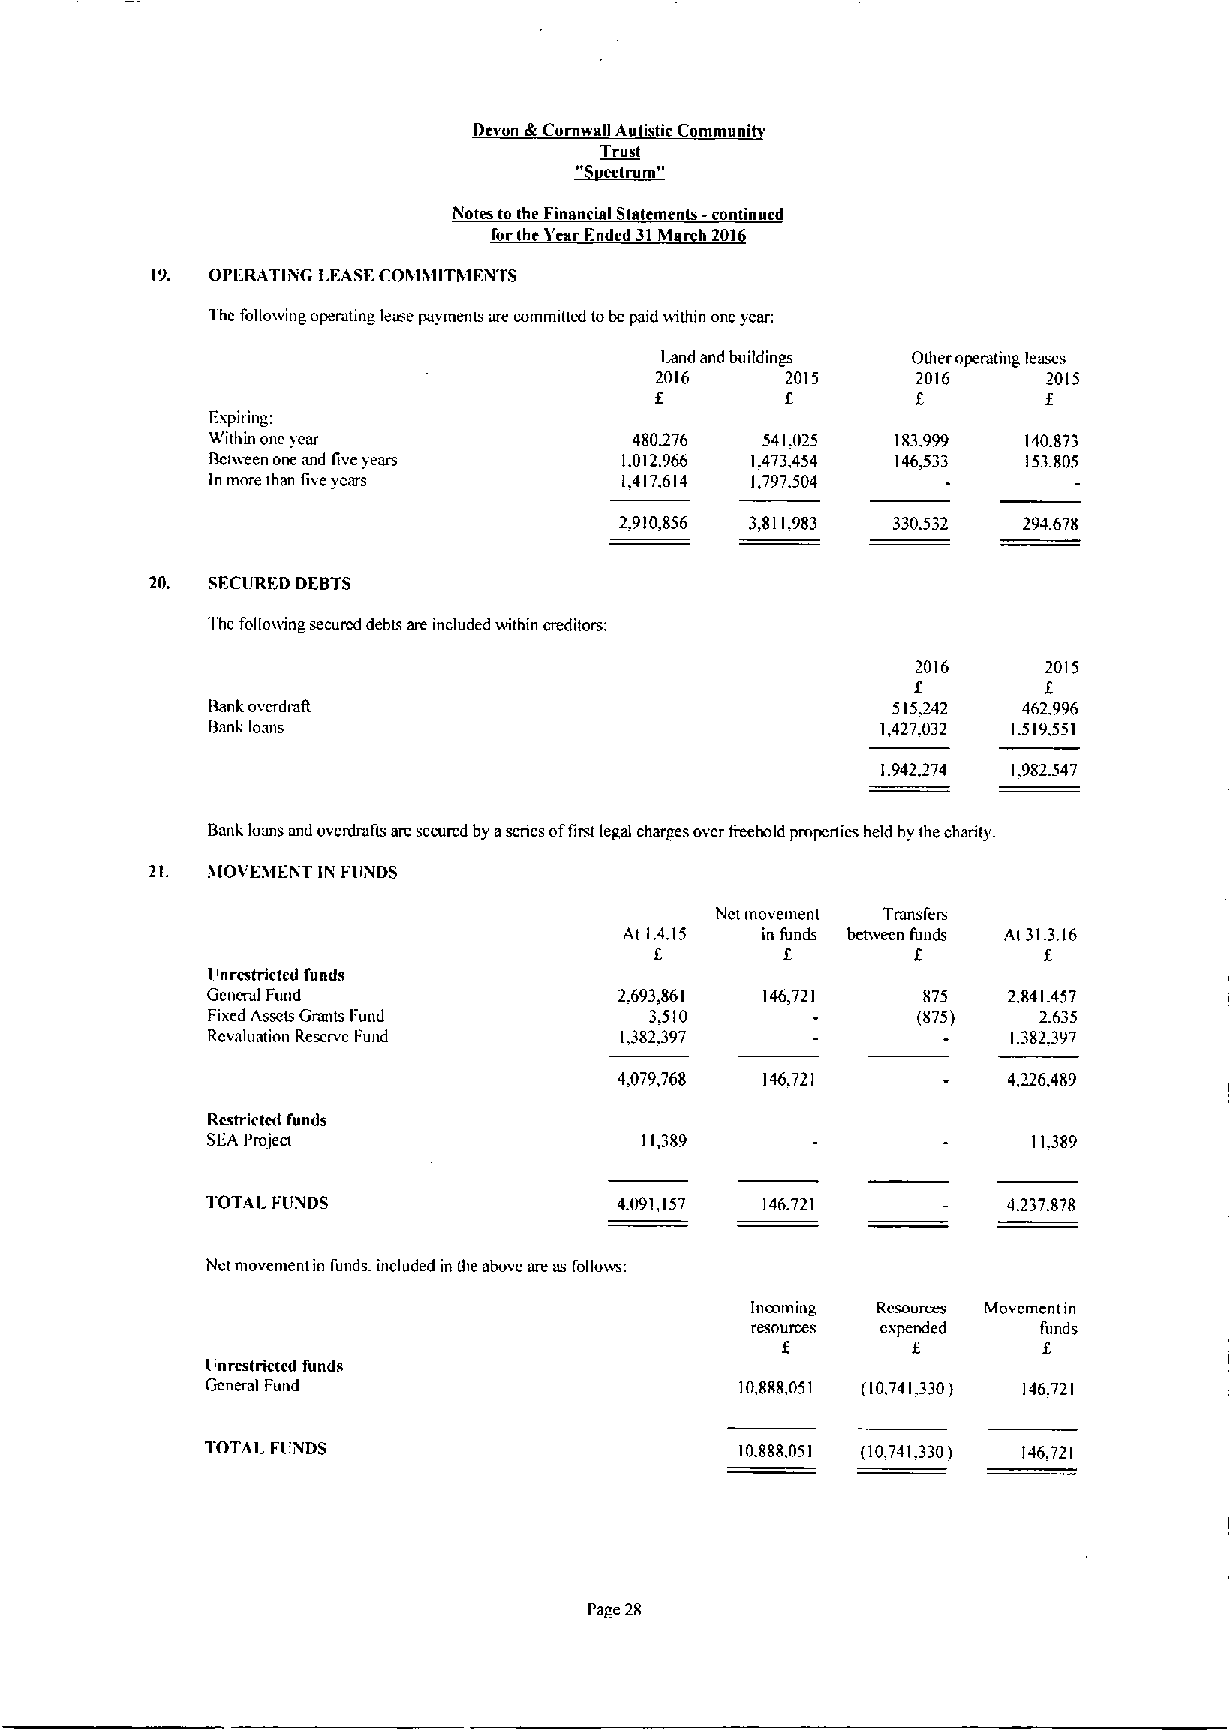
Devon di Cornwall Au istic Community
 Trust
 ~Rostrum"
 Notes to the Financial Statements -continued
 forthe Year Ended 31M h 201
 19. OPFRATliNG LFASECOMSIITSIEViTS
 Thc folloiving operaung tense payments are committed tobe paid within one year.
 Imtd and buildings 0theroperating leases
 2016     2015     2016    2015
 f                         f
 E        E
 Iixpiring:
 Within onc year             480276  541.025  183.999  140.S73
 Bctvveen one and live years 1.012.966 1.473,454 146,533 153.805
 In more than live years    1,417.614 1,797.504
 2.910.856 3,811.983 330.532 294.678
 20. SFCURI'.D DEBTS
 'I'he follousng secured debts am included within creditors:
 2016    2015
 f        f
 Bank overdraft                               515.242  462.996
 Bank loans                                  1,427.032 1.519.551
 1.942,274 1.982.547
 Bank loans and ovcrdrahs are secured by aseries offirst legal charges over Ireehold propcnics held by the charity.
 21. 8IOVEMENT IN FUVDS
 Nct movement Transfers
 At 1.4.15 in funds bent eon funds Ai 31.3.16
 f       f        f
 E
 I'nrestricted funds
 General Fund               2.693,861 146,721   875   2.841.457
 Fixed Assets Grants Fund     3.510             (875)   2.635
 Revaluation Rescrvc I'und  1.382.397                 1.3S2.397
 4.079,768 146,721         4,226,489
 Rcstrictcd funds
 SL'A Project                11,389                    11.389
 1'OTAL FUiVDS              4.091,157 146.721         4.237.878
 Nct movement in funds. included in the above are asfollows:
 Incoming Resources Movcmcnt in
 resources expended funds
 f       f
 I'nrestrictcd funds
 General Fund                       10,888,051 (10.741,330) 146.721
 1'OTAI. FUiVDS                     10.888.051 (10,741,330) 146.721
 Page 28